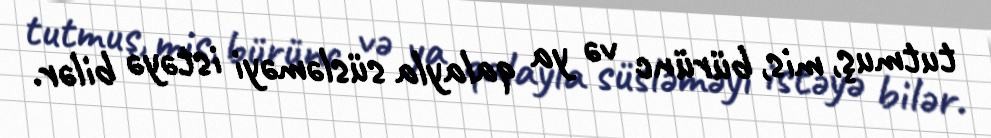
tutmuş, mis, bürünc və ya qalayla süsləməyi istəyə bilər.